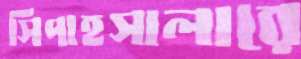
সিপাহসালারে